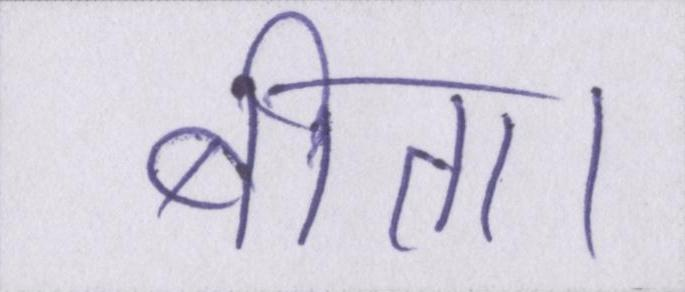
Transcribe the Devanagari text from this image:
बीता।